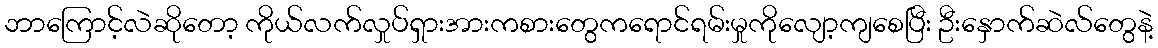
ဘာကြောင့်လဲဆိုတော့ ကိုယ်လက်လှုပ်ရှားအားကစားတွေကရောင်ရမ်းမှုကိုလျော့ကျစေပြီး ဦးနှောက်ဆဲလ်တွေနဲ့